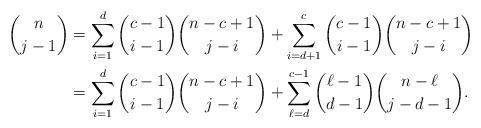
LaTeX: \begin{align*}{n\choose j-1}&=\sum_{i=1}^{d}{c-1\choose i-1}{n-c+1\choose j-i}+\sum_{i=d+1}^{c}{c-1\choose i-1}{n-c+1\choose j-i}\\&=\sum_{i=1}^{d}{c-1\choose i-1}{n-c+1\choose j-i}+\sum_{\ell=d}^{c-1}{\ell-1\choose d-1}{n-\ell\choose j-d-1}.\end{align*}